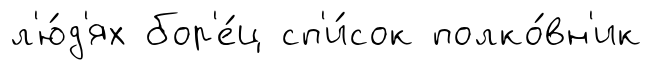
л'ю́д'ях бор'е́ц сп'и́сок полко́вн'ик